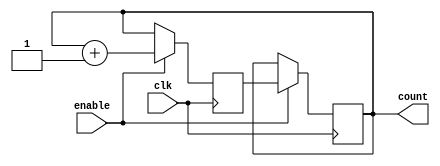
module johnson_counter_enable(
    input wire clk,
    input wire enable,
    output reg [3:0] count
);

reg [3:0] next_count;

always @(posedge clk) begin
    if (enable) begin
        next_count <= count + 1;
    end else begin
        next_count <= count;
    end
end

always @(posedge clk) begin
    if (enable) begin
        count <= next_count;
    end
end

endmodule